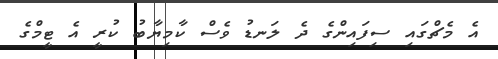
އެ މެޗްގައި ސިފައިންގެ ދެ ލަނޑު ވެސް ކާމިޔާބު ކުރީ އެ ޓީމްގެ